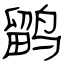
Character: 鹠